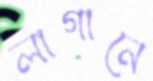
লাগানে